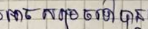
អាចសម្រេចទៅបាន